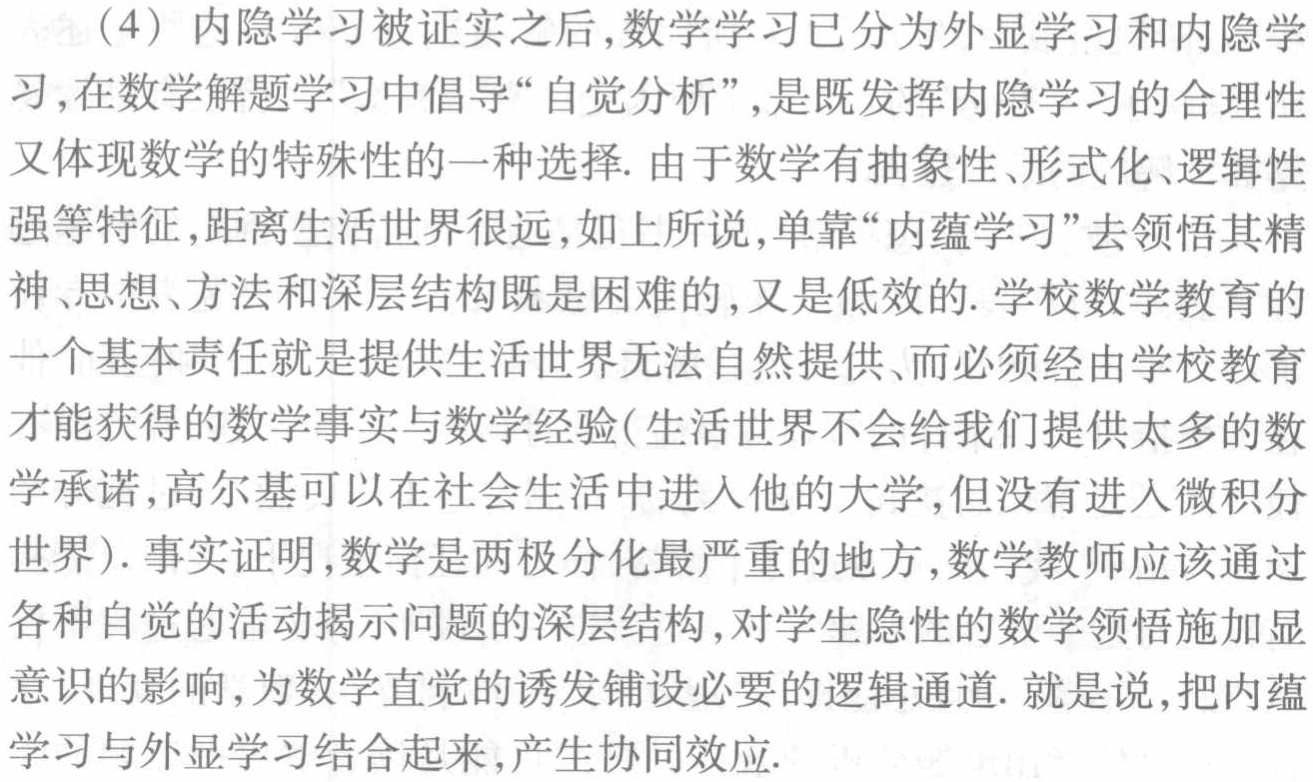
（4）内隐学习被证实之后，数学学习已分为外显学习和内隐学习，在数学解题学习中倡导“自觉分析”，是既发挥内隐学习的合理性又体现数学的特殊性的一种选择. 由于数学有抽象性、形式化、逻辑性强等特征，距离生活世界很远，如上所说，单靠“内蕴学习”去领悟其精神、思想、方法和深层结构既是困难的，又是低效的. 学校数学教育的一个基本责任就是提供生活世界无法自然提供、而必须经由学校教育才能获得的数学事实与数学经验(生活世界不会给我们提供太多的数学承诺，高尔基可以在社会生活中进入他的大学，但没有进入微积分世界). 事实证明，数学是两极分化最严重的地方，数学教师应该通过各种自觉的活动揭示问题的深层结构，对学生隐性的数学领悟施加显意识的影响，为数学直觉的诱发铺设必要的逻辑通道. 就是说，把内蕴学习与外显学习结合起来，产生协同效应.